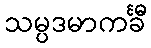
သမ္ပဒမာကင်္ခီ